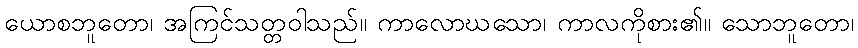
ယောစဘူတော၊ အကြင်သတ္တဝါသည်။ ကာလောဃသော၊ ကာလကိုစား၏။ သောဘူတော၊